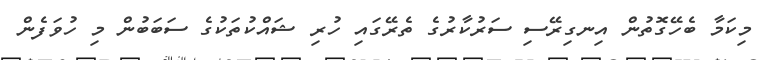
މިކަމާ ބެހޭގޮތުން އިނގިރޭސި ސަރުކާރުގެ ތެރޭގައި ހުރި ޝައްކުތަކުގެ ސަބަބުން މި ހުވަފެން